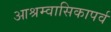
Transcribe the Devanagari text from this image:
आश्रम्वासिकापर्व